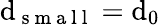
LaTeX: \mathrm{d}_{\mathrm{{~s~m~a~l~l~}}}=\mathrm{d}_{0}